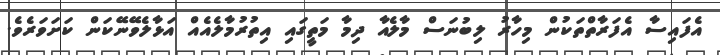
އެފައިސާ އެފަރާތްތަކުން މިހާރު ލިބުނަސް މާލެއާ ދިމާ މަތީގައި އިތުރުމާލެއެއް އަޅާލެވޭނޭކަން ކަށަވަރެވެ.